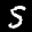
Label: 5